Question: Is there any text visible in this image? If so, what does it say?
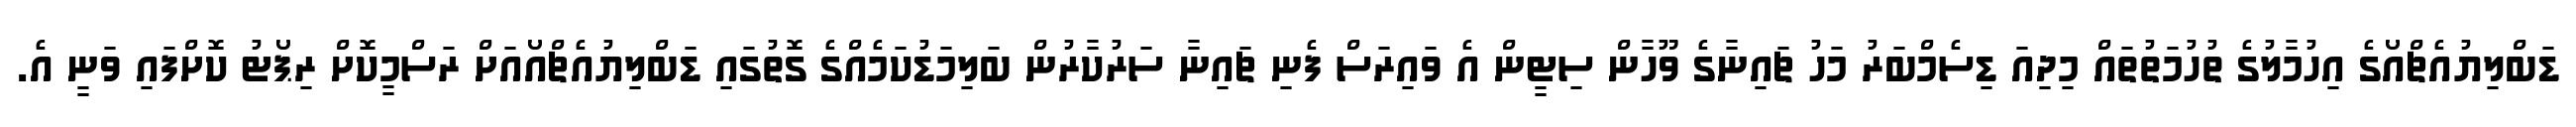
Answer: ޑަބްލިޔުއެޗްއޯގެ އިހުމާލުގެ ތުހުމަތުތައް މިދިއަ ޑިސެމްބަރު މަހު ޗައިނާގެ ވޫހާން ސިޓީން އެ ވައިރަސް ފެނި ޗައިނާ ސަރުކާރުން ބަލިމަޑުކަމެއްގެ ގޮތުގައި ޑަބްލިޔުއެޗްއޯއަށް ރަސްމީކޮށް ރިޕޯޓު ކޮށްފައި ވަނީ އެ.